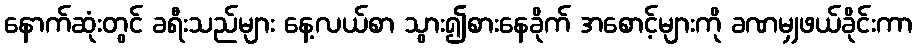
နောက်ဆုံးတွင် ခရီးသည်များ နေ့လယ်စာ သွား၍စားနေခိုက် အစောင့်များကို ခဏမျှဖယ်ခိုင်းကာ